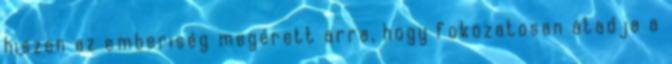
hiszen az emberiség megérett arra, hogy fokozatosan átadja a